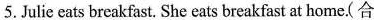
5. Julie eats breakfast. She eats breakfast at home.合